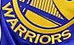
WARRIORS